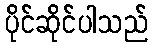
ပိုင်ဆိုင်ပါသည်